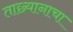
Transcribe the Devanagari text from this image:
ताछ्यानाचा